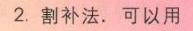
2. 割补法. 可以用